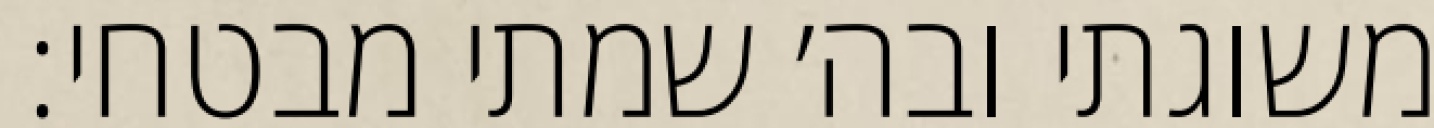
משוגתי ובה׳ שמתי מבטחי: